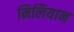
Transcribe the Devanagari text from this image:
मिलियान